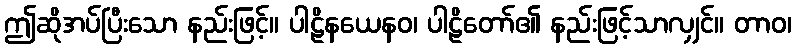
ဤဆိုအပ်ပြီးသော နည်းဖြင့်။ ပါဠိနယေနဝ၊ ပါဠိတော်၏ နည်းဖြင့်သာလျှင်။ တာဝ၊